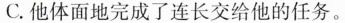
C.他体面地完成了连长交给他的任务。